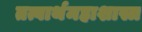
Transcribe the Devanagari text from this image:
तत्वार्थमहाशास्त्र